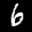
Label: 6